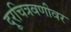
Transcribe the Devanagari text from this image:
दूरचित्रवणीवर